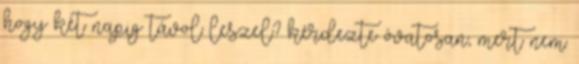
hogy két napig távol leszel? kérdezte óvatosan, mert nem